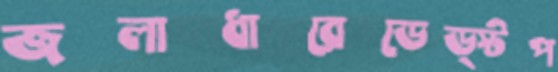
জলাধারেডেড্স্টপ